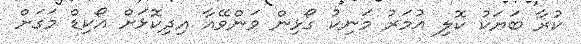
ކުރާ ބަޔަކު ކޮލި އުމަރު މަނިކު ގޯޅިން ވަންވޭއާ އިދިކޮޅަށް އޯކިޑް މަގަށް